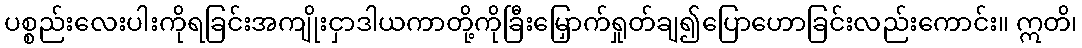
ပစ္စည်းလေးပါးကိုရခြင်းအကျိုးငှာဒါယကာတို့ကိုခြီးမြှောက်ရှုတ်ချ၍ပြောဟောခြင်းလည်းကောင်း။ ဣတိ၊